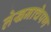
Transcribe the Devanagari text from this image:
लेखनाचेपण